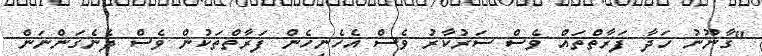
"ގާނޫނު ހަދާ ފަރާތްތައް ވެސް ސަރުކާރު ވެސް އެހެނިހެން ފަރާތްތަކުން ވެސް ދެނެގަންނަން